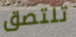
تلتصق